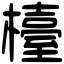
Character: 檯